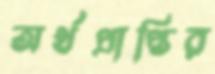
অর্থপ্রাপ্তির